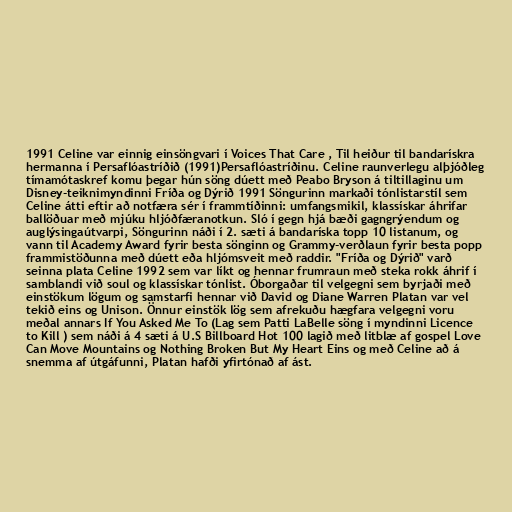
1991 Celine var einnig einsöngvari í Voices That Care , Til heiður til bandarískra
hermanna í Persaflóastríðið (1991)Persaflóastríðinu. Celine raunverlegu alþjóðleg
tímamótaskref komu þegar hún söng dúett með Peabo Bryson á tiltillaginu um
Disney-teiknimyndinni Fríða og Dýrið 1991 Söngurinn markaði tónlistarstíl sem
Celine átti eftir að notfæra sér í frammtíðinni: umfangsmikil, klassískar áhrifar
ballöðuar með mjúku hljóðfæranotkun. Sló í gegn hjá bæði gagngrýendum og
auglýsingaútvarpi, Söngurinn náði í 2. sæti á bandaríska topp 10 listanum, og
vann til Academy Award fyrir besta sönginn og Grammy-verðlaun fyrir besta popp
frammistöðunna með dúett eða hljómsveit með raddir. "Fríða og Dýrið" varð
seinna plata Celine 1992 sem var líkt og hennar frumraun með steka rokk áhrif í
samblandi við soul og klassískar tónlist. Óborgaðar til velgegni sem byrjaði með
einstökum lögum og samstarfi hennar við David og Diane Warren Platan var vel
tekið eins og Unison. Önnur einstök lög sem afrekuðu hægfara velgegni voru
meðal annars If You Asked Me To (Lag sem Patti LaBelle söng í myndinni Licence
to Kill ) sem náði á 4 sæti á U.S Billboard Hot 100 lagið með litblæ af gospel Love
Can Move Mountains og Nothing Broken But My Heart Eins og með Celine að á
snemma af útgáfunni, Platan hafði yfirtónað af ást.